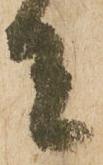
者